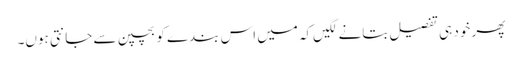
پھر خود ہی تفصیل بتانے لگیں‌کہ میں اس بندے کو بچپن سے جانتی ہوں۔